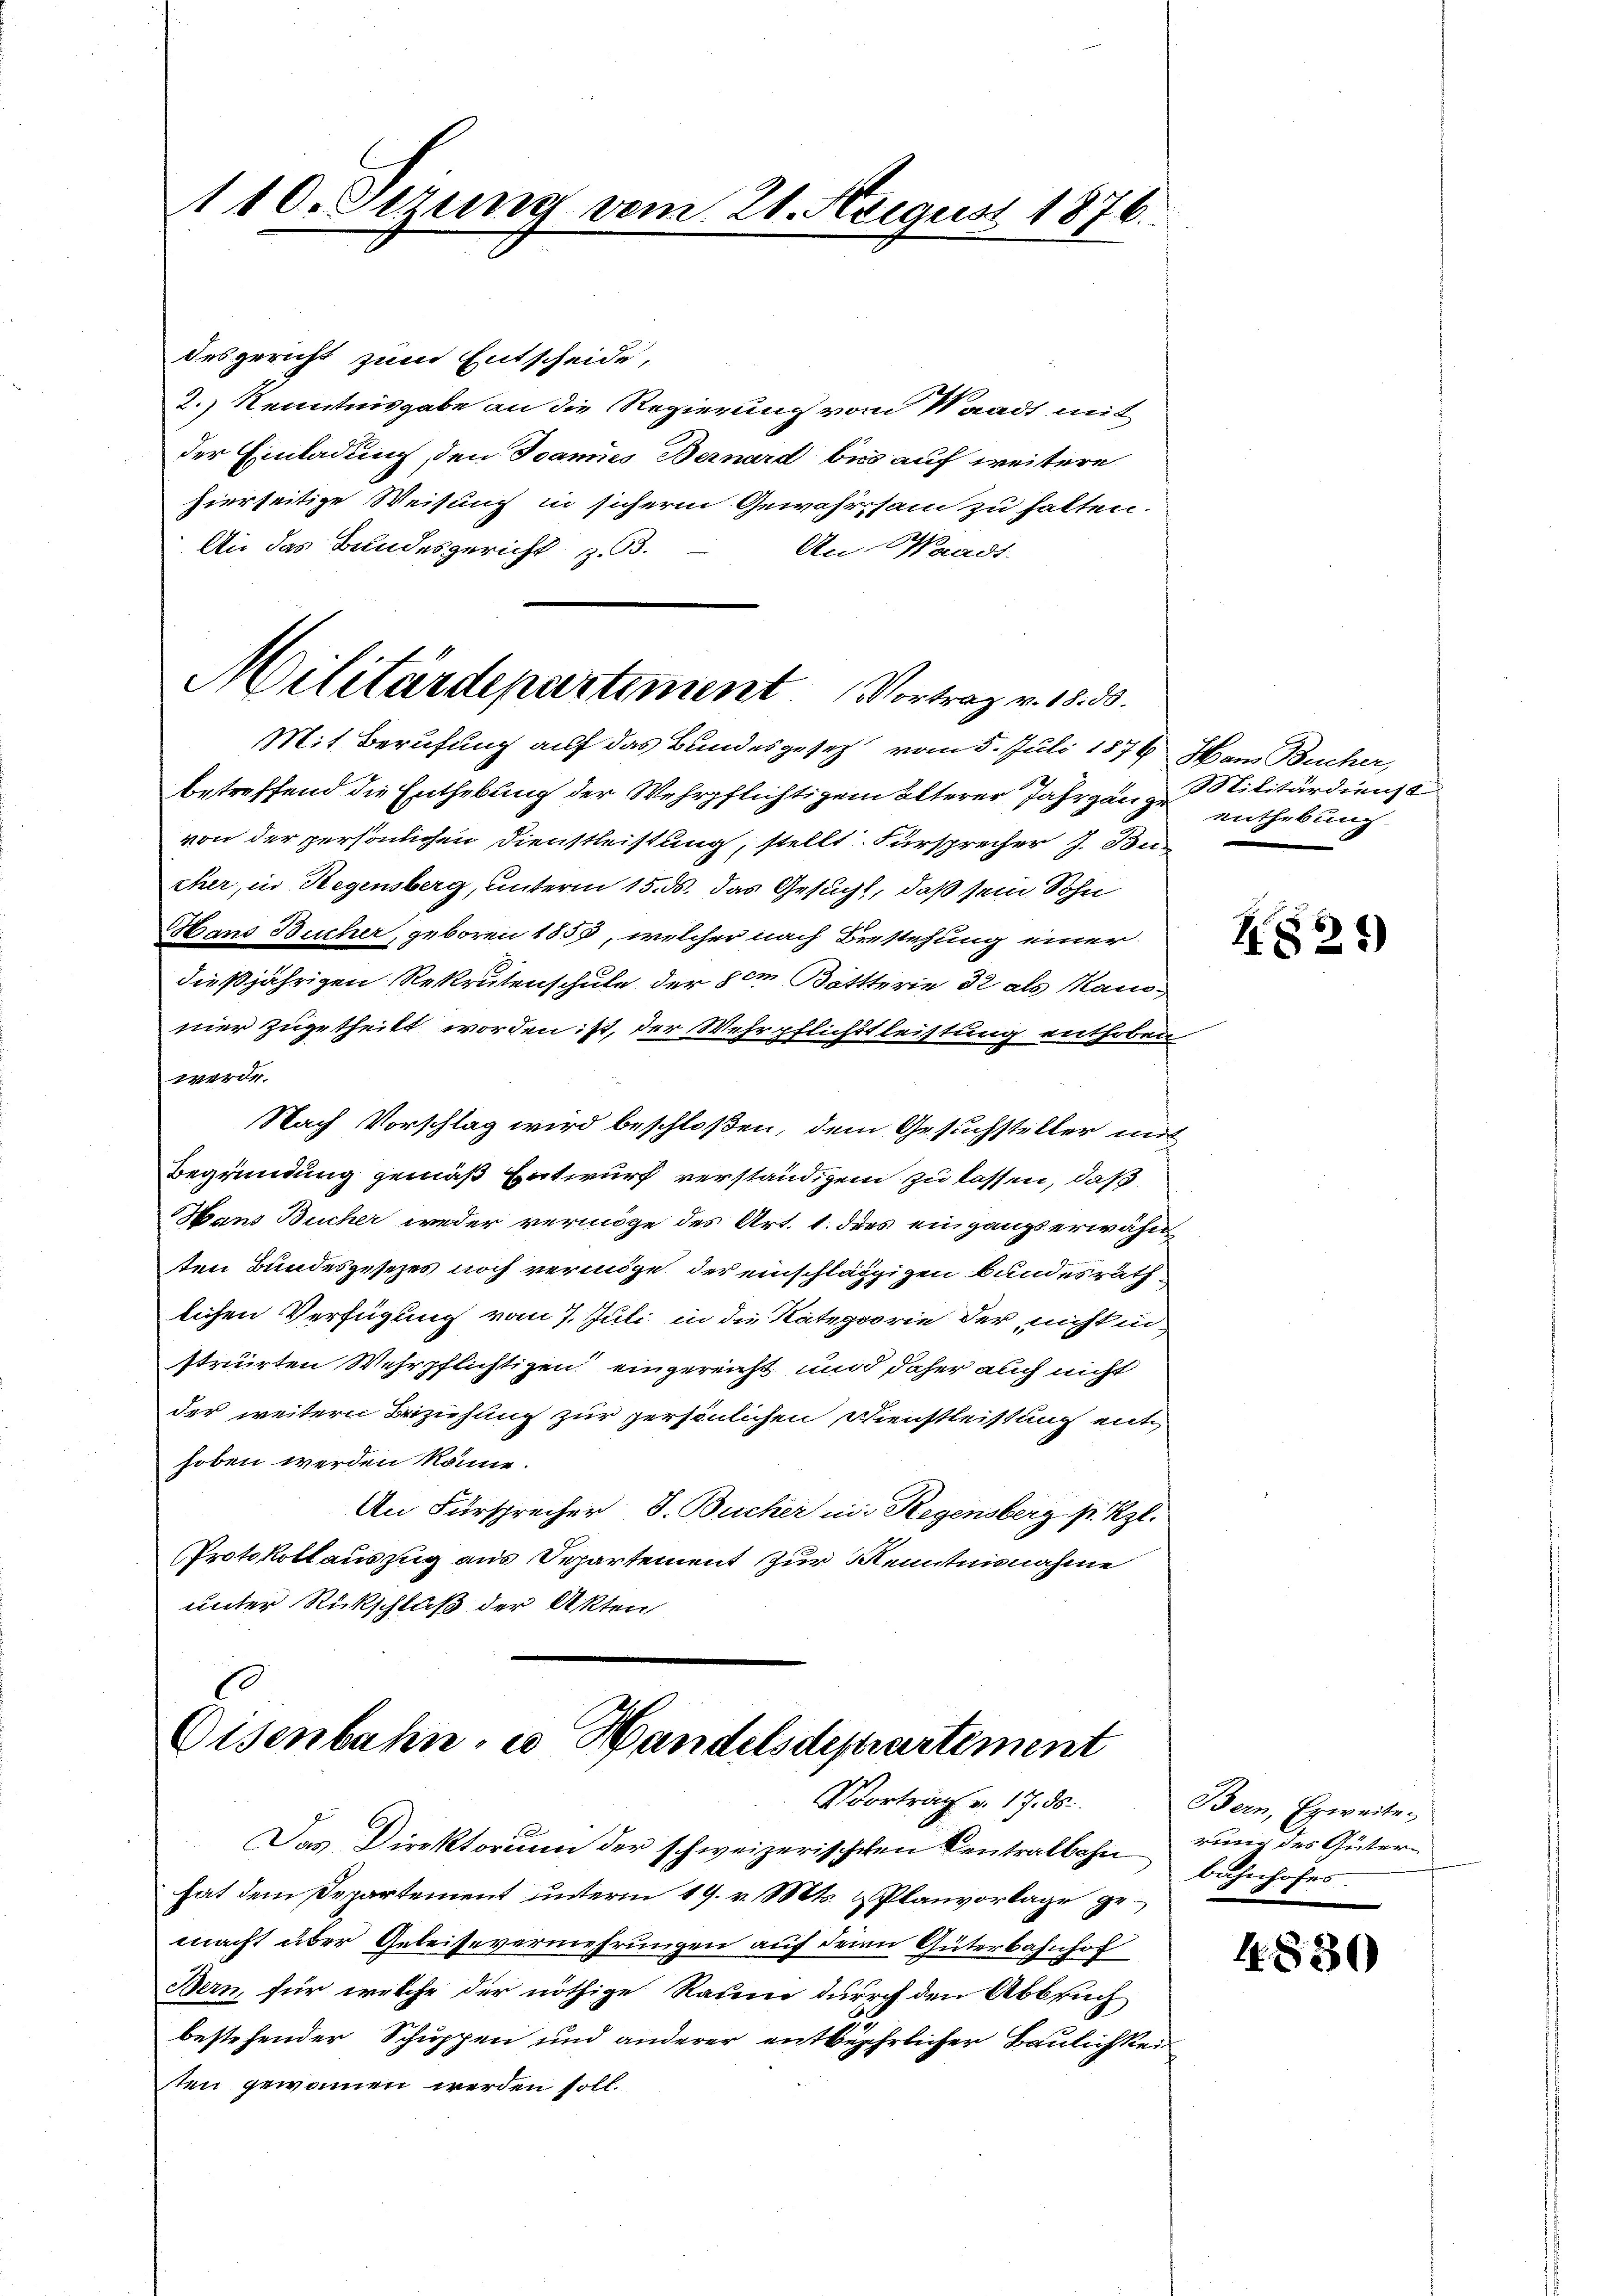
110. Sezung vom 21. August 1876.

desgericht zum Entscheide,
2.) Kenntnisgabe an die Regierung vom Waadt mit
der Einladung, den Joannes Bernard bis auf weitere
hierseitige Weisung in sicherm Gewährsam zu halten.
An das Bundesgericht z. B.
An Waadt

Militärdepartement. Vortrag v. 18. 30.

Mit Berufung auf das Bundesgesetz vom 5. Juli 1874 Haus Bucher,
betreffend die Enthebung der Wehrpflichtigem älterer Jahrgänge Militärdienst
von der persönlichen Dienstleistung, stellt. Fürsprecher J. Bun
cher, in Regensberg, unterm 15. ds. das Gesucht, daß sein Sohn
Mans Bucher, geboren 1850, welcher nach Brestehung einer
dießjährigen Rekrutenschule der im Bättterie 32 als anmier zugetheilt worden ist, der Wehrpflichstleistung enthoben
werde.
Nach Vorschlag wird beschloßen, dem Gesuchsteller mit
Begründung gemäß Entwurf verständigen zu lassen, daß
Hans Bucher weder vermöge des Art. 1. dies eingangs erwähnten Bundesgesezes noch vermöge der einschlägigen Bundesrath
lichen Verfügung vom 7. Juli in die Kategorie der nicht in
strurten Wehrpflichtigen eingereicht und daher auch nicht
der weitern Beziehung zur persönlichen Dienstleistung enthoben werden könne.
An Fürsprecher, S. Bucher in Regensberg p. Kzl.
Protokollauszug aus Departement zur Kenntnisnahme
unter Rückschluß der Akten

G
Eisenbahn, u Handelsdepartement
Vortrag v. 17. ds.

Das Direktorium der schweizerischehen Centralbahn
hat dem Departement unterm 19. v. Mts. & Planvorlage gemacht über Geleisevermehrungen auf denn Güterbahnhof
Bern, für welche der nöthige Raum durch den Abbruch
bestehender Schuppen und anderer entbehrlicher Baulichkei
ten gewamen werden soll.

enthebung.

H821)

Bern, Erweiterung des Güter-
bahnhofes.

1880